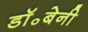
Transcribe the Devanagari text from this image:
डॉ॰बेनी